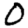
Digit: 0